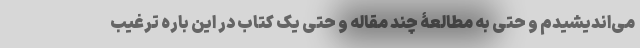
می‌اندیشیدم و حتی به مطالعۀ چند مقاله و حتی یک کتاب در این باره ترغیب